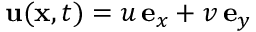
{ \bf u } ( { \bf x } , t ) = u \, { \bf e } _ { x } + v \, { \bf e } _ { y }